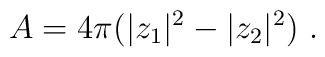
A = 4\pi  ( |z_1|^2  - |z_2|^2) \ .